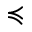
\preccurlyeq